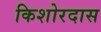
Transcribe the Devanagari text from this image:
किशोरदास